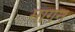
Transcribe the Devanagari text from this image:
मागन